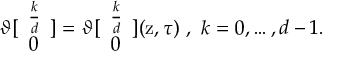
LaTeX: \vartheta [ \begin{array} { c } { { \frac { k } { d } } } \\ { { 0 } } \end{array} ] = \vartheta [ \begin{array} { c } { { \frac { k } { d } } } \\ { { 0 } } \end{array} ] ( \mathrm { z } , \tau ) \ , \ k = 0 , \ldots , d - 1 .